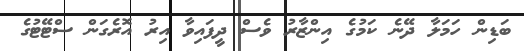
ބަޑިން ހަމަލާ ދޭނެ ކަމުގެ އިންޒާރު ވެސް ދީފައިވާ އިރު އޮރެގަން ސްޓޭޓުގެ